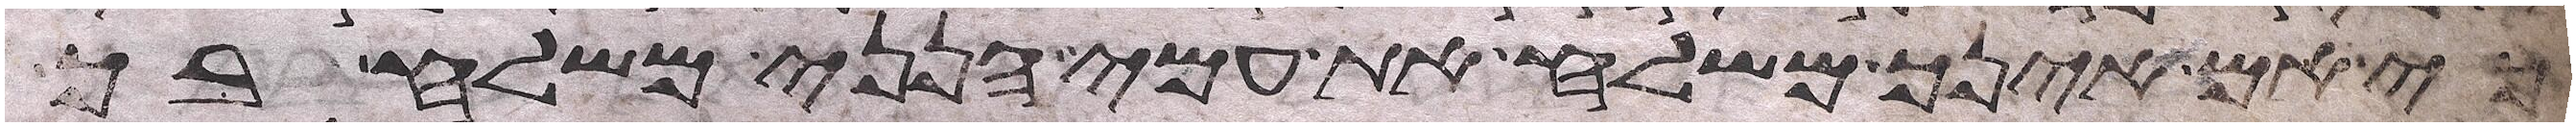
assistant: כי אם אינך משלח את עמי הנני משלח בך